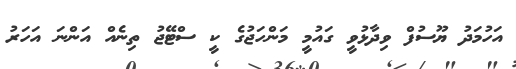
އަހުމަދު ޔޫސުފް ވިދާޅުވީ ގައުމީ މަންހަޖުގެ ކީ ސްޓޭޖު ތިނެއް އަންނަ އަހަރު